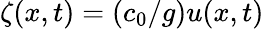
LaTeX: \zeta(x,t)=(c_{0}/g)u(x,t)